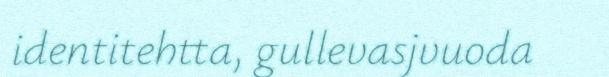
identitehtta, gullevasjvuoda